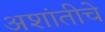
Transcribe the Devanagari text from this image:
अशांतीचे